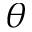
\theta